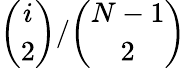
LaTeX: \binom{i}{2}/\binom{N-1}{2}